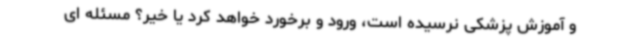
و آموزش پزشکی نرسیده است، ورود و برخورد خواهد کرد یا خیر؟ مسئله ای